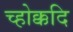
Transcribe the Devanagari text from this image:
च्होक्कदि